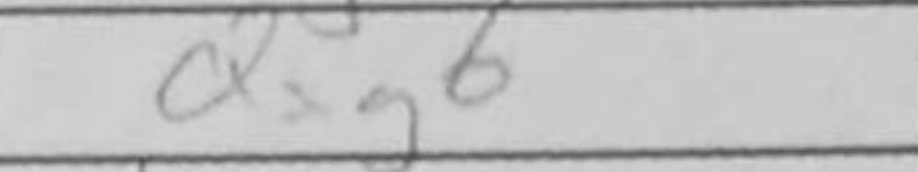
Transcription: Qxg6